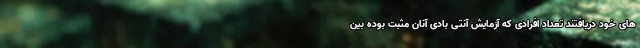
های خود دریافتند تعداد افرادی که آزمایش آنتی بادی آنان مثبت بوده بین